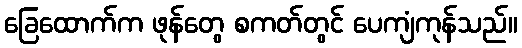
ခြေထောက်က ဖုန်တွေ စကတ်တွင် ပေကျံကုန်သည်။